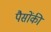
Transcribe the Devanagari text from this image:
पैसोंकी